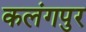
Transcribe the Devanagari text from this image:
कलंगपुर